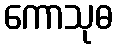
ကောသုဓ